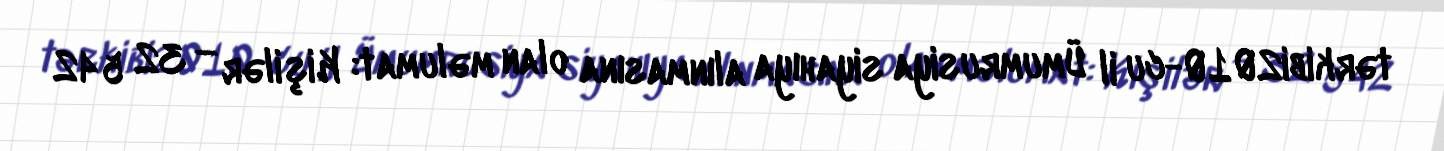
tərkibi2010-cu il Ümumrusiya siyahıya alınmasına olan məlumat: Kişilər — 32 542